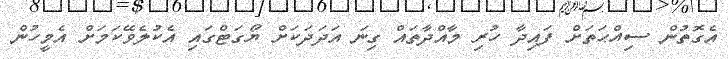
އެގޮތުން ސިއްޙަތަށް ފައިދާ ހުރި މާއްދާތައް ގިނަ އަދަދަކަށް ޔޯގަޓްގައި އެކުލެވޭކަމަށް އެމީހުން